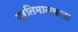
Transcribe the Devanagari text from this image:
प्रतिमानकता